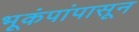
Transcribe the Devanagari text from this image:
भूकंपांपासून